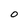
Character: O